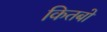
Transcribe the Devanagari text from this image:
कितबो